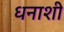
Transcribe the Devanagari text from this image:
धनाशी